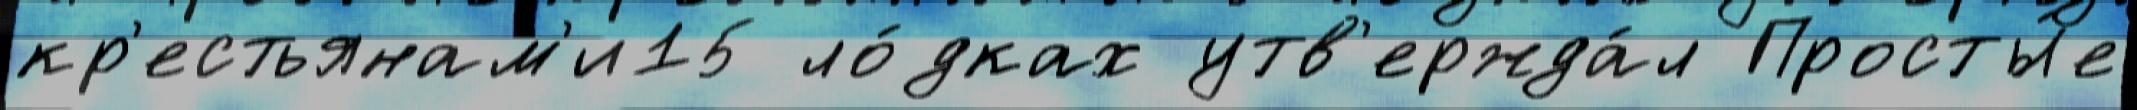
кр'естьянам'и15 ло́дках утв'ержда́л Просты́е